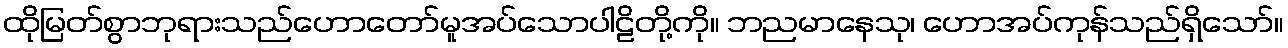
ထိုမြတ်စွာဘုရားသည်ဟောတော်မူအပ်သောပါဠိတို့ကို။ ဘညမာနေသု၊ ဟောအပ်ကုန်သည်ရှိသော်။